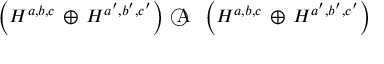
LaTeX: \left( { \cal H } ^ { a , b , c } \, \oplus \, { \cal H } ^ { a ^ { \prime } , b ^ { \prime } , c ^ { \prime } } \right) \, \textcircled { \scshape A } \, \left( { \cal H } ^ { a , b , c } \, \oplus \, { \cal H } ^ { a ^ { \prime } , b ^ { \prime } , c ^ { \prime } } \right)